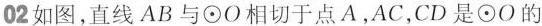
02如图，直线AB与⊙O相切于点A，AC，CD是⊙O的